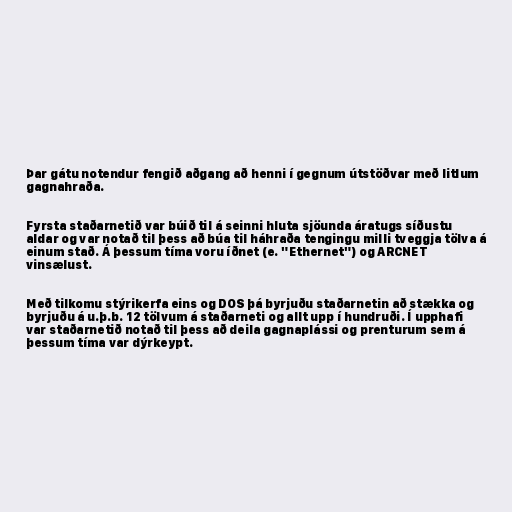
Þar gátu notendur fengið aðgang að henni í gegnum útstöðvar með litlum
gagnahraða.

Fyrsta staðarnetið var búið til á seinni hluta sjöunda áratugs síðustu
aldar og var notað til þess að búa til háhraða tengingu milli tveggja tölva á
einum stað. Á þessum tíma voru íðnet (e. "Ethernet") og ARCNET
vinsælust.

Með tilkomu stýrikerfa eins og DOS þá byrjuðu staðarnetin að stækka og
byrjuðu á u.þ.b. 12 tölvum á staðarneti og allt upp í hundruði. Í upphafi
var staðarnetið notað til þess að deila gagnaplássi og prenturum sem á
þessum tíma var dýrkeypt.